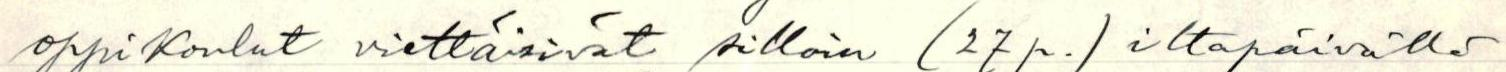
oppikoulut viettäisivät silloin (27 p.) iltapäivällä